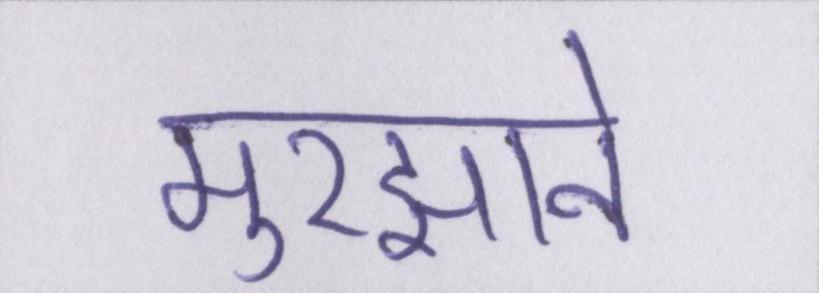
मुरझाने